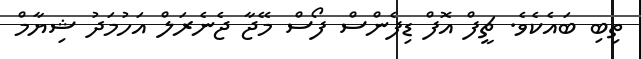
ތިބި ބައެކެވެ. ޗީފް އޮފް ޑިފެންސް ފޯސް މޭޖާ ޖެނެރަލް އަހުމަދު ޝިޔާމް